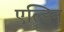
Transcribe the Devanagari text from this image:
एल्डिन